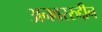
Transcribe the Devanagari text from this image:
अनवररुद्दीन